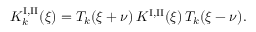
K _ { k } ^ { \mathrm { I , I I } } ( \xi ) = T _ { k } ( \xi + \nu ) \, K ^ { \mathrm { I , I I } } ( \xi ) \, T _ { k } ( \xi - \nu ) .